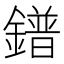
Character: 鐠